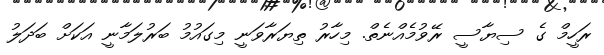
ރަހީމް ގެ ސިޔާސީ ރޭވުމެއްނެތް. މިހާރު ތިޔަރާވަނީ މިގައުމު ބަރުލަމާނީ އަކަށް ބަދަލު